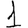
Digit: 1